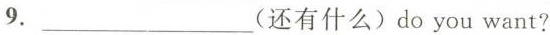
9. ___ (还有什么)do you want?